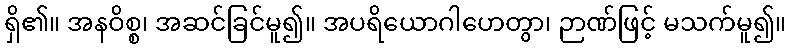
ရှိ၏။ အနဝိစ္စ၊ အဆင်ခြင်မူ၍။ အပရိယောဂါဟေတွာ၊ ဉာဏ်ဖြင့် မသက်မူ၍။